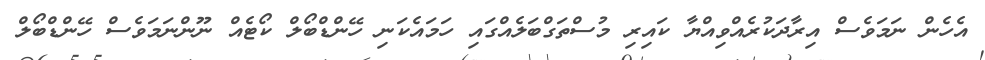
އެހެން ނަމަވެސް އިރާދަކުރެއްވިއްޔާ ކައިރި މުސްތަގްބަލެއްގައި ހަމައެކަނި ހޭންޑްބޯލް ކޯޓެއް ނޫންނަމަވެސް ހޭންޑްބޯލް